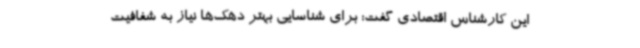
این کارشناس اقتصادی گفت: برای شناسایی بهتر دهک‌ها نیاز به شفافیت